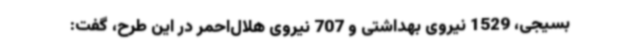
بسیجی، 1529 نیروی بهداشتی و 707 نیروی هلال‌احمر در این طرح، گفت: